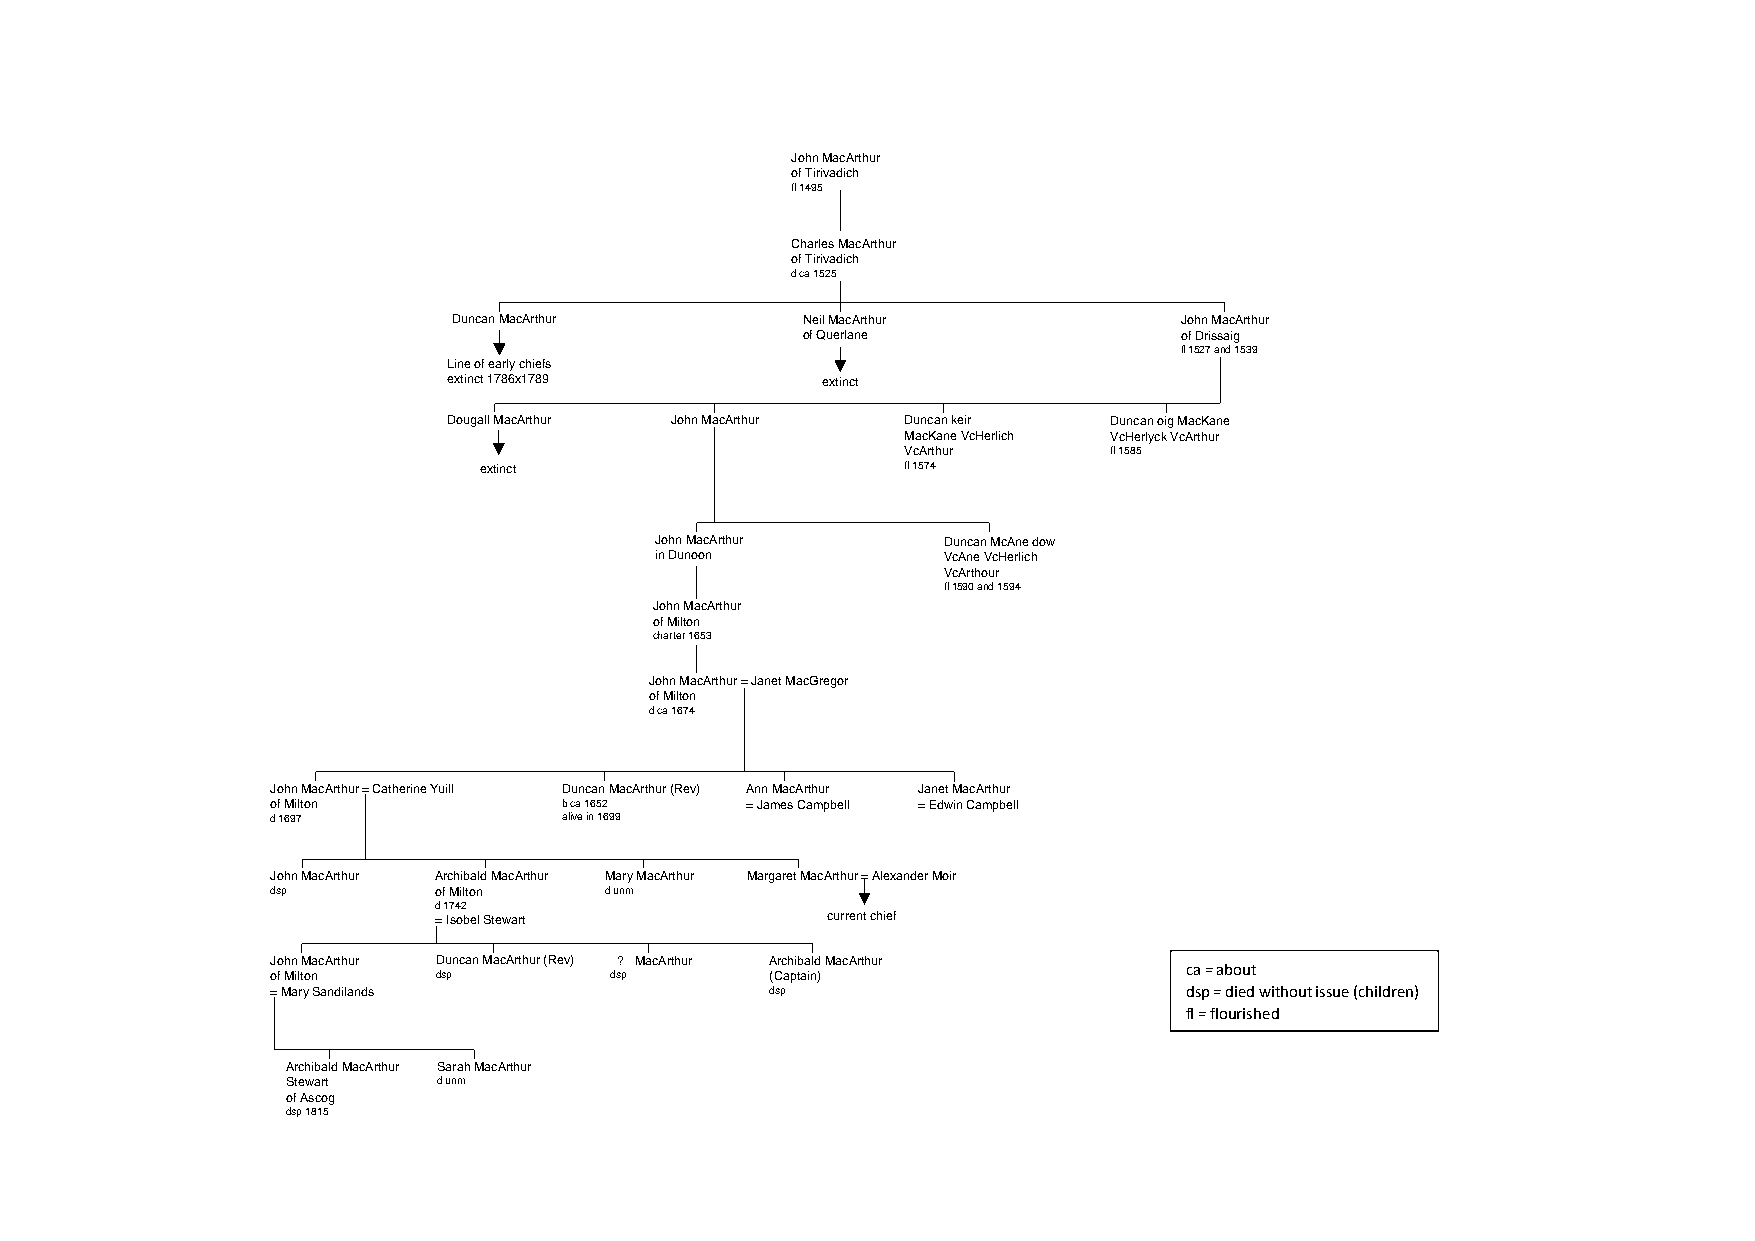
John MacArthur
 of Tirivadich
 fl 1495
 Charles MacArthur
 of Tirivadich
 d ca 1525
 Duncan MacArthur       Neil MacArthur           John MacArthur
 of Querlane              of Drissaig
 fl 1527 and 1539
 Line of early chiefs
 extinct 1786x1789       extinct
 Dougall MacArthur John MacArthur Duncan keir Duncan oig MacKane
 MacKane VcHerlich VcHerlyck VcArthur
 VcArthur     fl 1585
 extinct                     fl 1574
 John MacArthur     Duncan McAne dow
 in Dunoon          VcAne VcHerlich
 VcArthour
 fl 1590 and 1594
 John MacArthur
 of Milton
 charter 1653
 John MacArthur = Janet MacGregor
 of Milton
 d ca 1674
 John MacArthur = Catherine Yuill Duncan MacArthur (Rev) Ann MacArthur Janet MacArthur
 of Milton          b ca 1652   = James Campbell = Edwin Campbell
 d 1697             alive in 1699
 John MacArthur Archibald MacArthur Mary MacArthur Margaret MacArthur = Alexander Moir
 dsp        of Milton  d unm
 d 1742
 = Isobel Stewart          current chief
 John MacArthur Duncan MacArthur (Rev) ? MacArthur Archibald MacArthur
 of Milton  dsp        dsp        (Captain)
 ca = about
 = Mary Sandilands                dsp                         dsp = died without issue (children)
 fl = flourished
 Archibald MacArthur Sarah MacArthur
 Stewart   d unm
 of Ascog
 dsp 1815